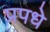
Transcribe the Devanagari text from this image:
प्रपधे